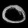
Digit: ၀